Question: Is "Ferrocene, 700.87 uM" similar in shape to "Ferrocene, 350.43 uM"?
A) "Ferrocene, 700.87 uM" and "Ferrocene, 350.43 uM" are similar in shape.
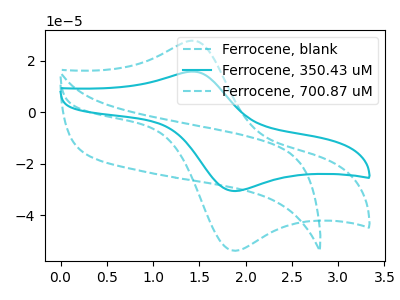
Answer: <think>The cyan dashed curve "Ferrocene, blank" has no peaks. The cyan curve "Ferrocene, 350.43 uM" has an anodic peak at (1.45V, 15.80uA) and a cathodic peak at (1.90V, -30.50uA). The cyan dashed curve "Ferrocene, 700.87 uM" has an anodic peak at (1.45V, 27.75uA) and a cathodic peak at (1.90V, -53.60uA).
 All the peaks in "Ferrocene, 700.87 uM" have a peak in "Ferrocene, 350.43 uM" at the same potential. Every peak in "Ferrocene, 700.87 uM" is higher than every peak in "Ferrocene, 350.43 uM".</think>
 <answer>A) "Ferrocene, 700.87 uM" and "Ferrocene, 350.43 uM" are similar in shape.</answer>
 <eval>A</eval>